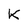
Character: K